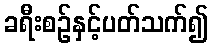
ခရီးစဉ်နှင့်ပတ်သက်၍